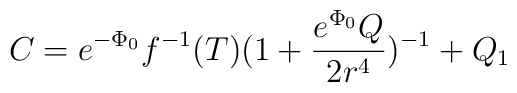
C=e^{-\Phi_{0}}f^{-1}(T)(1+\frac{e^{\Phi_{0}}Q}{2r^{4}})^{-1}+Q_{1}